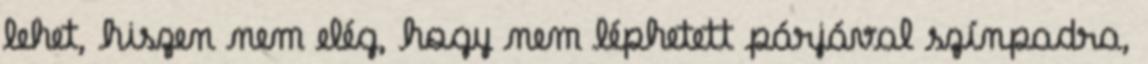
lehet, hiszen nem elég, hogy nem léphetett párjával színpadra,